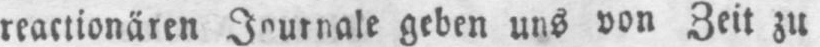
reactionären Journale geben uns von Zeit zu